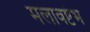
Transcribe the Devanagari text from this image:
मलावष्टंभ